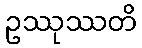
ဥဿုဿတိ